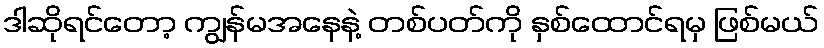
ဒါဆိုရင်တော့ ကျွန်မအနေနဲ့ တစ်ပတ်ကို နှစ်ထောင်ရမှ ဖြစ်မယ်